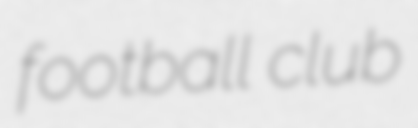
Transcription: football club